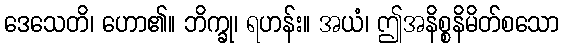
ဒေသေတိ၊ ဟော၏။ ဘိက္ခု၊ ရဟန်း။ အယံ၊ ဤအနိစ္စနိမိတ်စသော